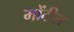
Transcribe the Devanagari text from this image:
मोंटीस